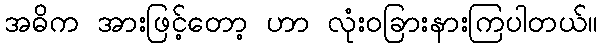
အဓိက အားဖြင့်တော့ ဟာ လုံးဝခြားနားကြပါတယ်။